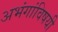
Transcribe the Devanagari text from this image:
अभंगांविषयी